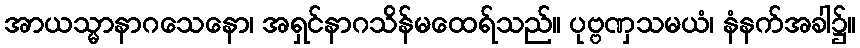
အာယသ္မာနာဂသေနော၊ အရှင်နာဂသိန်မထေရ်သည်။ ပုဗ္ဗဏှသမယံ၊ နံနက်အခါ၌။